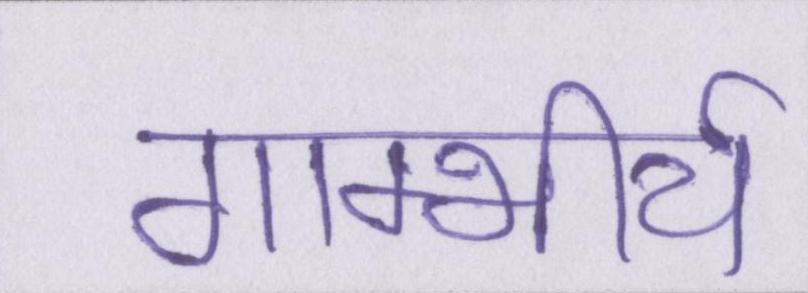
गाम्भीर्य